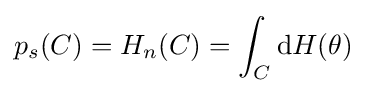
p_{s}(C)=H_{n}(C)=\int _{C}\mathrm {d} H(\theta )